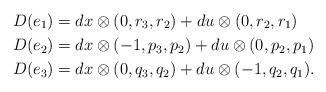
LaTeX: \begin{align*} &D(e_1)=dx\otimes(0,r_3,r_2)+du\otimes(0,r_2,r_1)\\ &D(e_2)=dx\otimes(-1,p_3,p_2)+du\otimes(0,p_2,p_1)\\ &D(e_3)=dx\otimes(0,q_3,q_2)+du\otimes(-1,q_2,q_1). \end{align*}